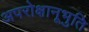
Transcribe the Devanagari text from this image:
अपरोक्षानूभुति